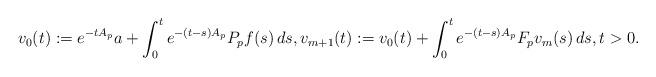
LaTeX: \begin{align*} v_0(t) := e^{-tA_p}a + \int_0^t e^{-(t-s)A_p}P_pf(s)\,ds, v_{m+1}(t) := v_0(t) + \int_0^t e^{-(t-s)A_p}F_pv_m(s)\,ds, t>0.\end{align*}